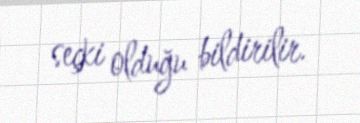
seçki olduğu bildirilir.